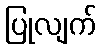
ပြုလျက်